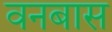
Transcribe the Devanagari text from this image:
वनबास